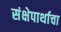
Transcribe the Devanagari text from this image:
संक्षेपार्थाचा